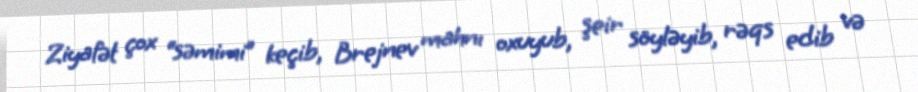
Ziyafət çox “səmimi” keçib, Brejnev mahnı oxuyub, şeir söyləyib, rəqs edib və